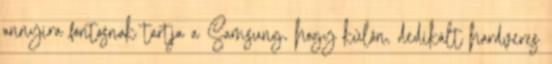
annyira fontosnak tartja a Samsung, hogy külön, dedikált hardveres